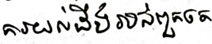
ការយល់ដឹងរបស់ពួកគេ